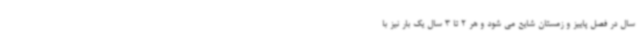
سال در فصل پاییز و زمستان شایع می شود و هر 2 تا 3 سال یک بار نیز با